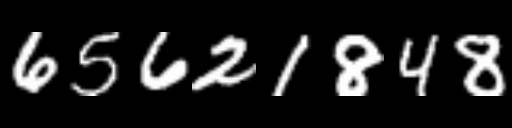
Text: 65621848